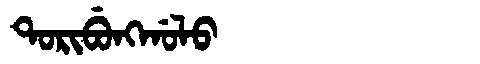
Manchu: ᡨᠣᡵᡳᠪᡠᠩᡤᠣᠯᠣ
Romanization: TORIBUNGGOLO